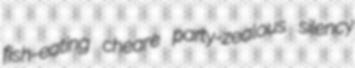
fish-eating cheare party-zealous silency